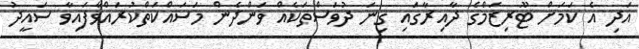
އަދި އެ ކަމަށް ޓޫރިޒަމްގެ ދާއިރާގައި ގިނަ ދުވަސްތަކެއް ވަންދެން މަސައްކަތްކުރައްވާފައިވާ ސައީދު